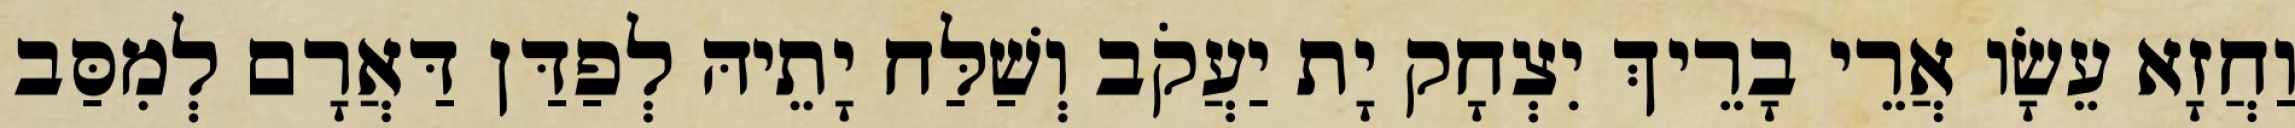
וַחֲזָא עֵשָׂו אֲרֵי בָרֵיךְ יִצְחָק יָת יַעֲקֹב וְשַׁלַּח יָתֵיהּ לְפַדַּן דַּאֲרָם לְמִסַּב